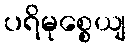
ပရိမုစ္စေယျ